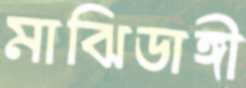
মাঝিডাঙ্গী